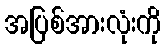
အပြစ်အားလုံးကို